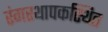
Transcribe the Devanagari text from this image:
रंगस्थापकस्थित